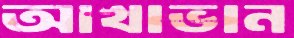
আখাভান